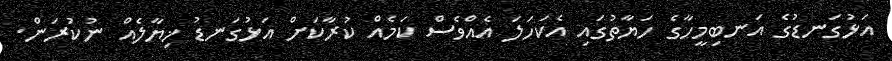
އަޅުގަނޑުގެ އަނބިމީހާގެ ހަޔާތުގައި އެކަހަލަ އެއްވެސް ކަމެއް ކުރާކަށް އަޅުގަނޑު ޚިޔާލެއް ނުކުރަން.